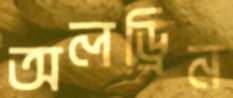
অলড্রিন